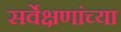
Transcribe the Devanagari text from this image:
सर्वेक्षणांच्या